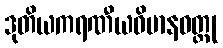
ဒုတိယကရဏီယဝိမာနဝတ္ထု